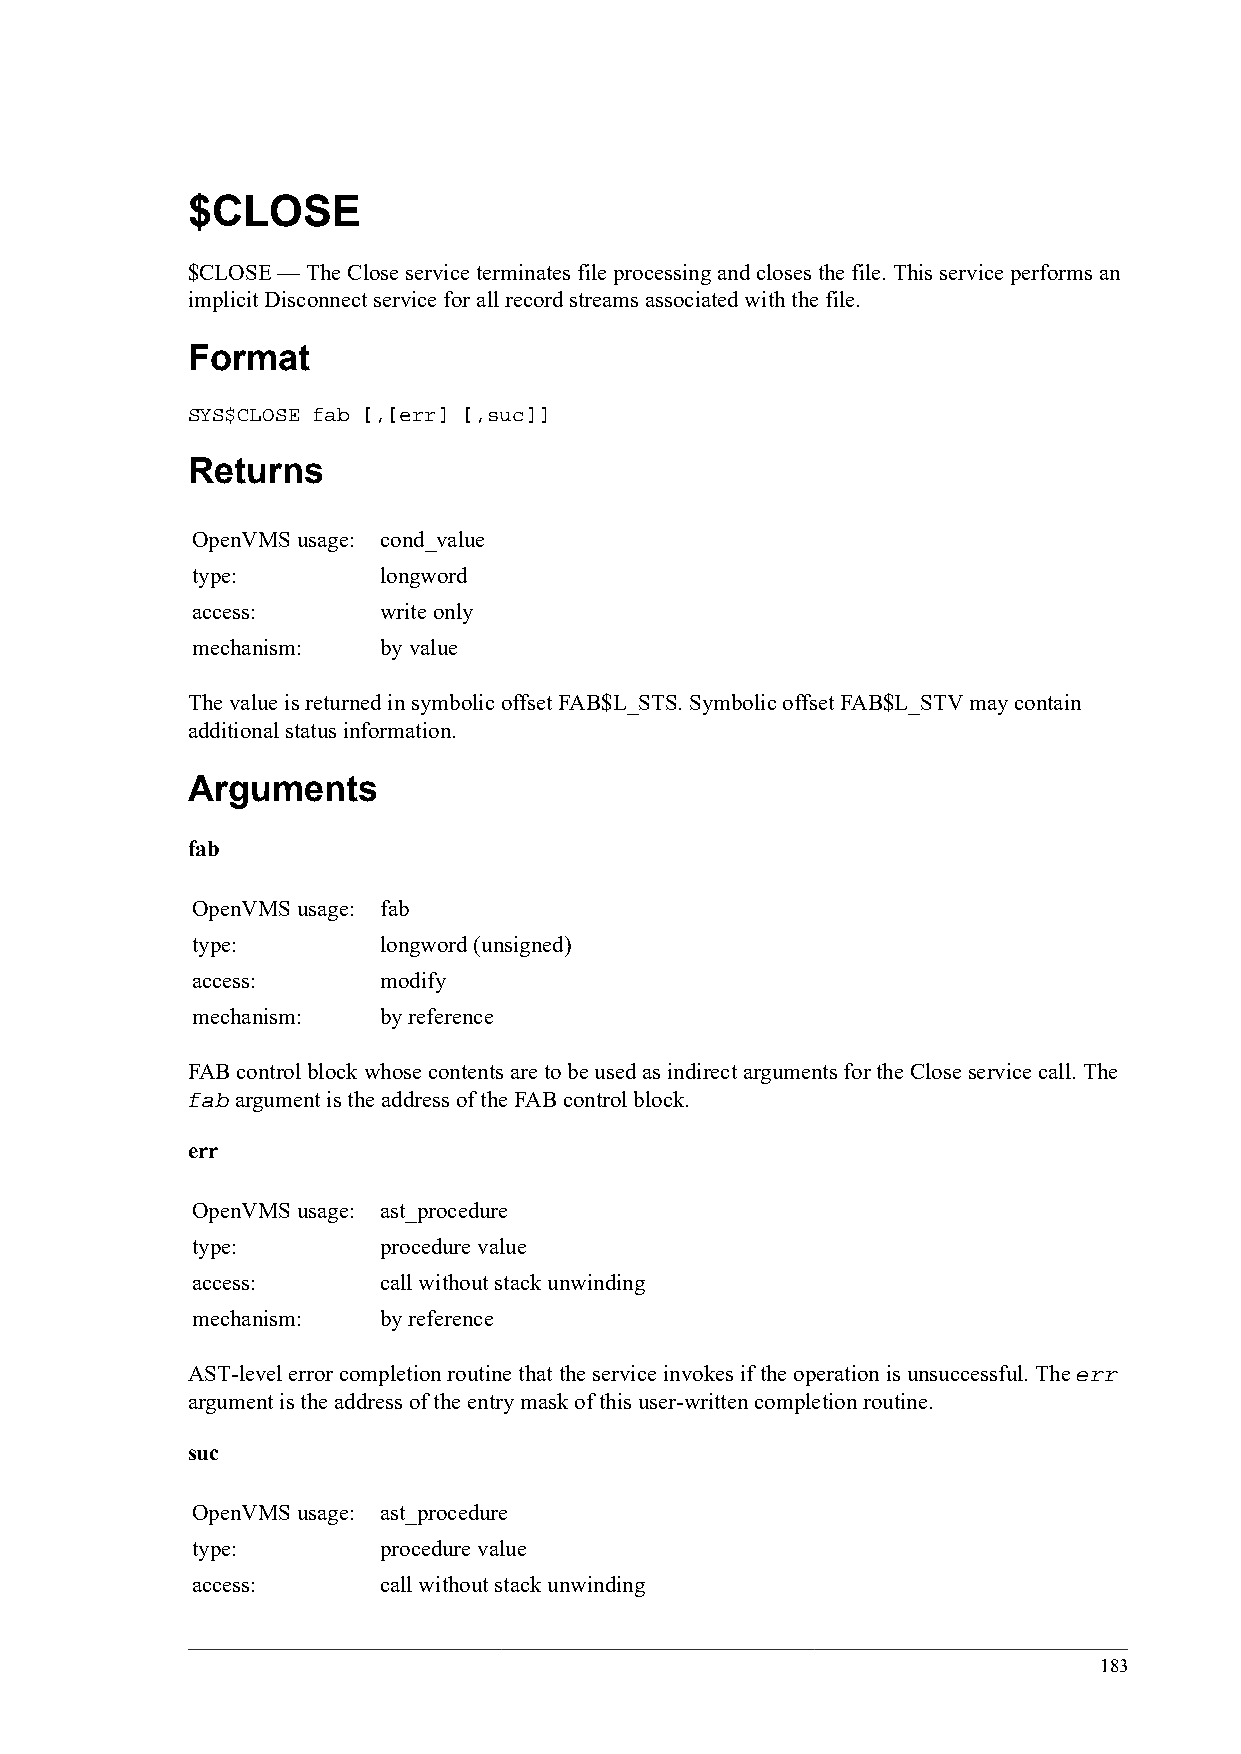
$CLOSE
 $CLOSE — The Close service terminates file processing and closes the file. This service performs an
 implicit Disconnect service for all record streams associated with the file.
 Format
 SYS$CLOSE fab [,[err] [,suc]]
 Returns
 OpenVMS usage: cond_value
 type:       longword
 access:     write only
 mechanism:  by value
 The value is returned in symbolic offset FAB$L_STS. Symbolic offset FAB$L_STV may contain
 additional status information.
 Arguments
 fab
 OpenVMS usage: fab
 type:       longword (unsigned)
 access:     modify
 mechanism:  by reference
 FAB control block whose contents are to be used as indirect arguments for the Close service call. The
 fab argument is the address of the FAB control block.
 err
 OpenVMS usage: ast_procedure
 type:       procedure value
 access:     call without stack unwinding
 mechanism:  by reference
 AST-level error completion routine that the service invokes if the operation is unsuccessful. The err
 argument is the address of the entry mask of this user-written completion routine.
 suc
 OpenVMS usage: ast_procedure
 type:       procedure value
 access:     call without stack unwinding
 183